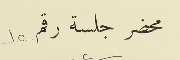
محضر جلسة رقم ١٥